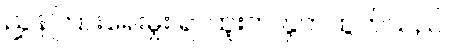
ညွှန်ကြားရေးမှူး ရာထူးက နှုတ်ထွက်သည်။